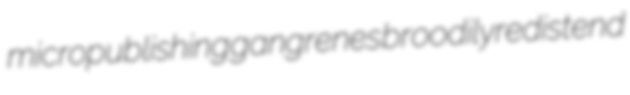
micropublishing gangrenes broodily redistend